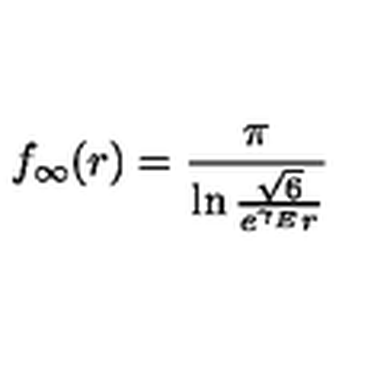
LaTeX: f _ { \infty } ( r ) = \frac { \pi } { \ln \frac { \sqrt { 6 } } { e ^ { \gamma _ { E } } r } }